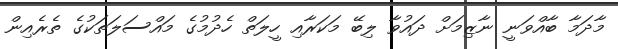
މާދަމާ ބާއްވަނީ ނާޒިމަށް ދައުވާ ލިބޭ މަކަރާއި ހީލަތް ހެދުމުގެ މައްސަލަތަކުގެ ތެރެއިން